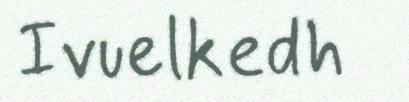
Ivuelkedh